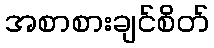
အစာစားချင်စိတ်